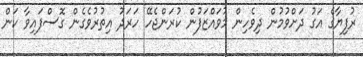
ރުފިޔާގެ އަގު ދަށްވުމުން ދިވެހިން މުވައްޒަފުން ކުރަންޖެހޭ ހަރަދު އިތުރުވެގެން ގޮސްފައިވާ ކަން